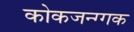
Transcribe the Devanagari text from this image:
कोकजन्ग्गक